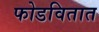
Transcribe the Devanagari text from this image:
फोडवितात